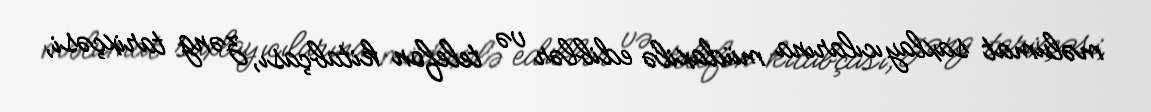
məlumat saxlayıcılarına müdaxilə ediblər və telefon kitabçası, zəng tarixçəsi,